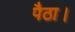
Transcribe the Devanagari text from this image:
पैठा।